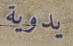
يدوية